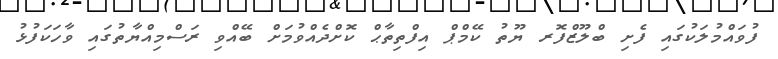
ފުވައްމުލަކުގައި ފެށި ބްލޫޒްފޮރ ޔޫތު ކޭމްޕް އިފްތިތާޙް ކޮށްދެއްވުމަށް ބޭއްވި ރަސްމިއްޔާތުގައި ވާހަކަފުޅު